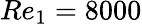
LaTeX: Re_{1}=8000